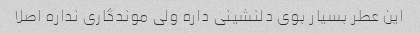
این عطر بسیار بوی دلنشینی داره ولی موندگاری نداره اصلا